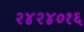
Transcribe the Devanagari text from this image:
२४२४०१६